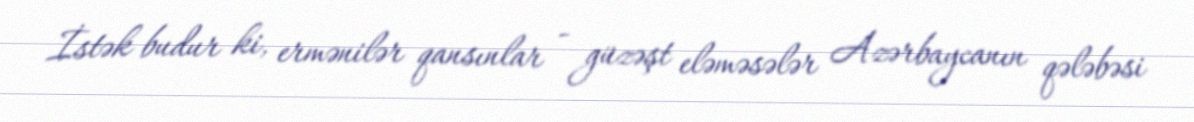
İstək budur ki, ermənilər qansınlar - güzəşt eləməsələr Azərbaycanın qələbəsi